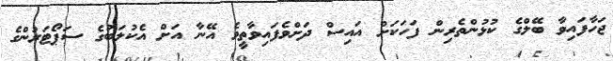
ޖަހާފައިވާ ބޭލްގެ ކުޅުންތެރިން ފަހަކަށް އައިސް ދަށްވެފައިވާތީވެ އޭނާ އަށް އެކުލަބުގެ ސަޕޯޓަރުންގެ